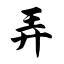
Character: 弄